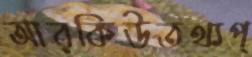
আরকিউতথ্যপ্